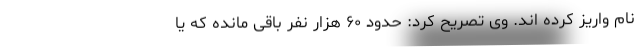
نام واریز کرده اند. وی تصریح کرد: حدود ۶۰ هزار نفر باقی مانده که یا